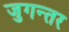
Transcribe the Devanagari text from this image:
जुगन्तर